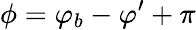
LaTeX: \phi=\varphi_{b}-\varphi^{\prime}+\pi